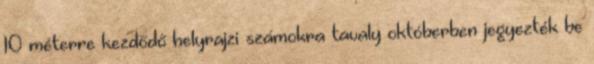
10 méterre kezdődő helyrajzi számokra tavaly októberben je­gyezték be